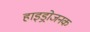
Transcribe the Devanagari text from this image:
हाइड्रोजनक